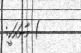
) މާނައަކީ: